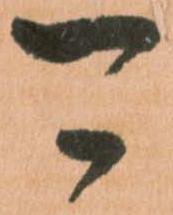
可